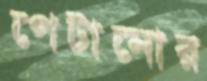
পেটানোর